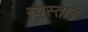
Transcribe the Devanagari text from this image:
न्यूस्ताड